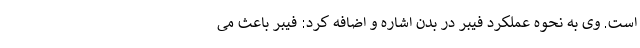
است. وی به نحوه عملکرد فیبر در بدن اشاره و اضافه کرد: فیبر باعث می